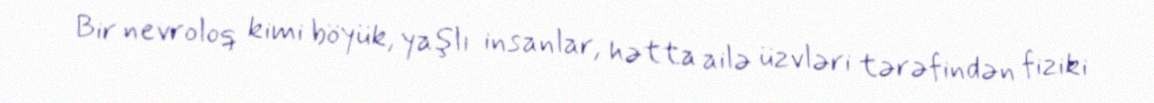
Bir nevroloq kimi böyük, yaşlı insanlar, hətta ailə üzvləri tərəfindən fiziki